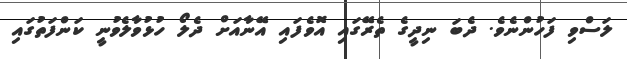
ލަސްވި ފަހުންނެވެ. ދެބަ ނިދީގެ ތެރޭގައި އޮވެފައި އޭނާއަށް ދެލޯ ހުޅުވާލެވުނީ ކަންފަތުގައި